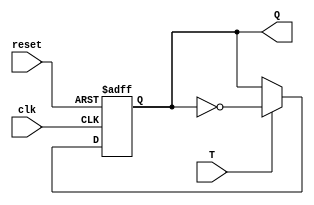
module TFF (
    input wire clk,
    input wire reset,
    input wire T,
    output reg Q
);

reg D;
wire Q_bar;

assign Q_bar = ~Q;

assign D = T ? Q_bar : Q;

always @(posedge clk or posedge reset) begin
    if (reset) begin
        Q <= 0;
    end
    else begin
        Q <= D;
    end
end

endmodule